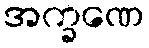
အက္ခဏေ